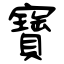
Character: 寶